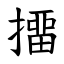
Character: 㩅